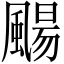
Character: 颺